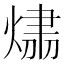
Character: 𤌂